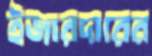
ইজারদারের